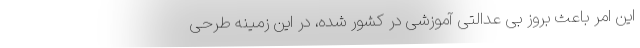
این امر باعث بروز بی عدالتی آموزشی در کشور شده، در این زمینه طرحی